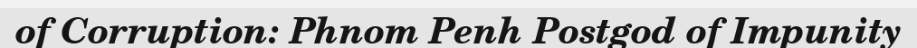
of Corruption: Phnom Penh Postgod of Impunity